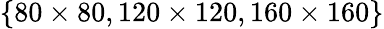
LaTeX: \{ 80\times 80,120\times 120,160\times 160\}